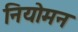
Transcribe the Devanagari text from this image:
नियोमन